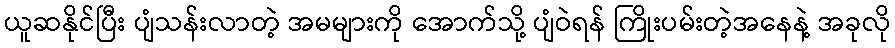
ယူဆနိုင်ပြီး ပျံသန်းလာတဲ့ အမများကို အောက်သို့ ပျံဝဲရန် ကြိုးပမ်းတဲ့အနေနဲ့ အခုလို